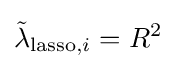
{\tilde {\lambda }}_{{\text{lasso}},i}=R^{2}